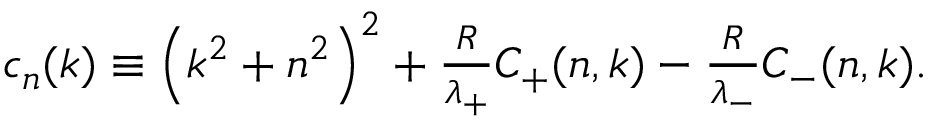
\begin{array} { r } { c _ { n } ( k ) \equiv \left( k ^ { 2 } + n ^ { 2 } \right) ^ { 2 } + \frac { R } { \lambda _ { + } } C _ { + } ( n , k ) - \frac { R } { \lambda _ { - } } C _ { - } ( n , k ) . } \end{array}